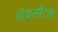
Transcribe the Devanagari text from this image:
ऑक्सीटन